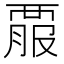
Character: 𧟱